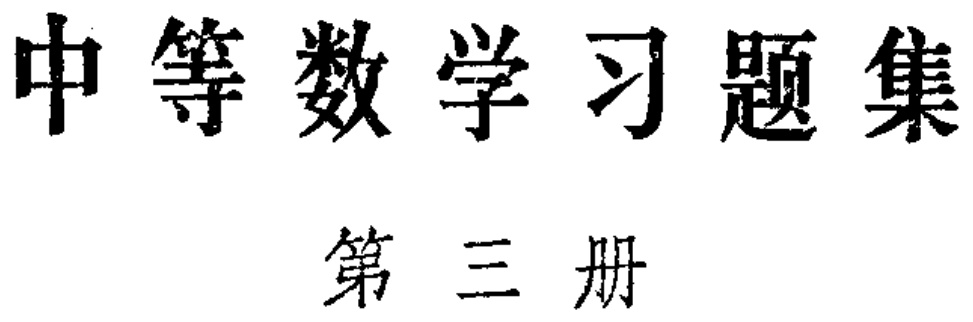
\textbf{中等数学习题集}

\ 第三册